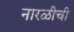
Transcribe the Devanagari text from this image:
नारळीची